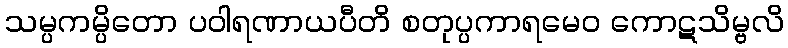
သမ္ပကမ္ပိတော ပဝါရဏာယပီတိ စတုပ္ပကာရမေဝ ကောဋသိမ္ဗလိ